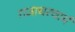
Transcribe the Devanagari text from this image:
गजाधरचार्य